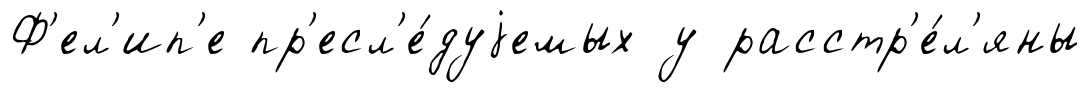
Ф'ел'ип'е пр'есл'е́дуjемых у расстр'е́л'яны